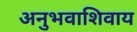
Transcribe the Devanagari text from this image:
अनुभवाशिवाय